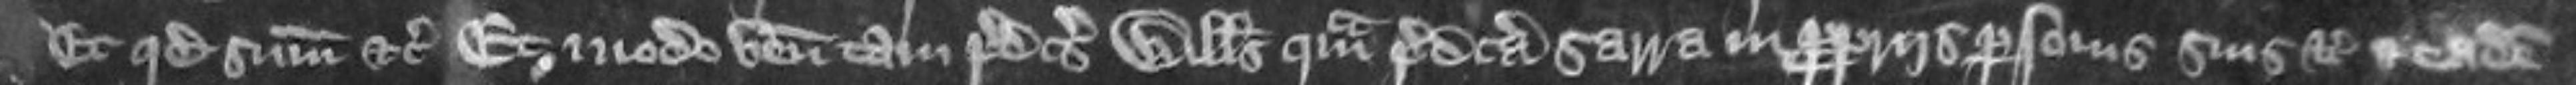
et quod summonuit etc Et modo venit tam predictus Willelmus quam predicta Sarra in propriis personis suis etc et eadem